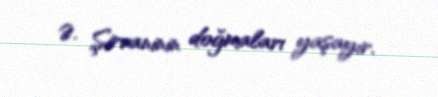
Ə. Şirvaninin doğmaları yaşayır.